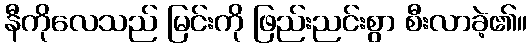
နီကိုလေသည် မြင်းကို ဖြည်းညင်းစွာ စီးလာခဲ့၏။